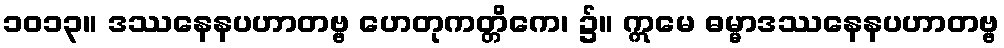
၁၀၁၃။ ဒဿနေနပဟာတဗ္ဗ ဟေတုကတ္တိကေ၊ ၌။ ဣမေ ဓမ္မာဒဿနေနပဟာတဗ္ဗ